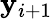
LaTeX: \mathbf{y}_{i+1}